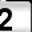
Digit: 2